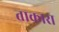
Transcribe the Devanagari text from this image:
ताकारा